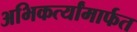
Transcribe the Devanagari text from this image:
अभिकर्त्यांमार्फत